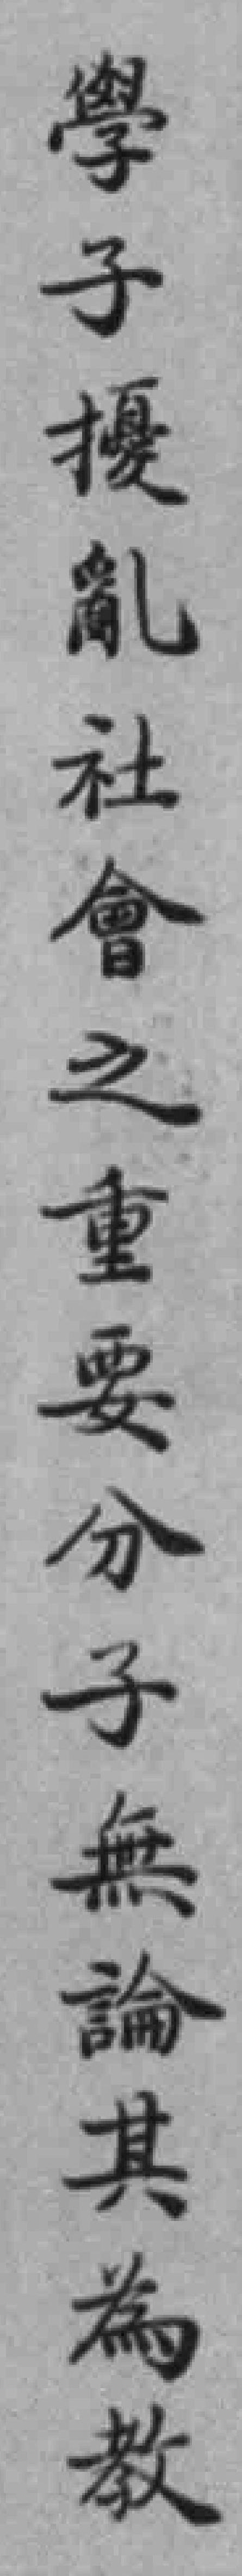
學子擾亂社會之重要分子無論其為教